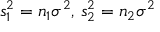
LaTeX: s _ { 1 } ^ { 2 } = n _ { 1 } \sigma ^ { 2 } , \, s _ { 2 } ^ { 2 } = n _ { 2 } \sigma ^ { 2 }